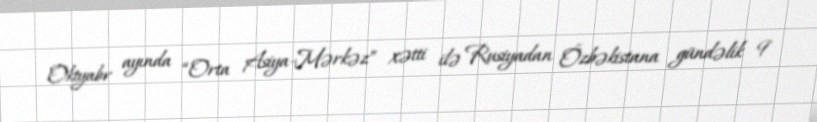
Oktyabr ayında “Orta Asiya-Mərkəz” xətti ilə Rusiyadan Özbəkistana gündəlik 9